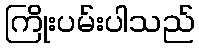
ကြိုးပမ်းပါသည်